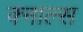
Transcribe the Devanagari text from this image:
क्नाल्स